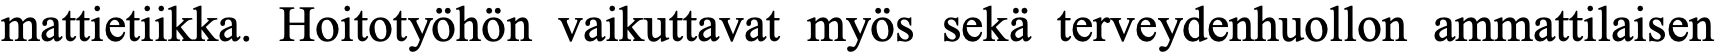
mattietiikka. Hoitotyöhön vaikuttavat myös sekä terveydenhuollon ammattilaisen